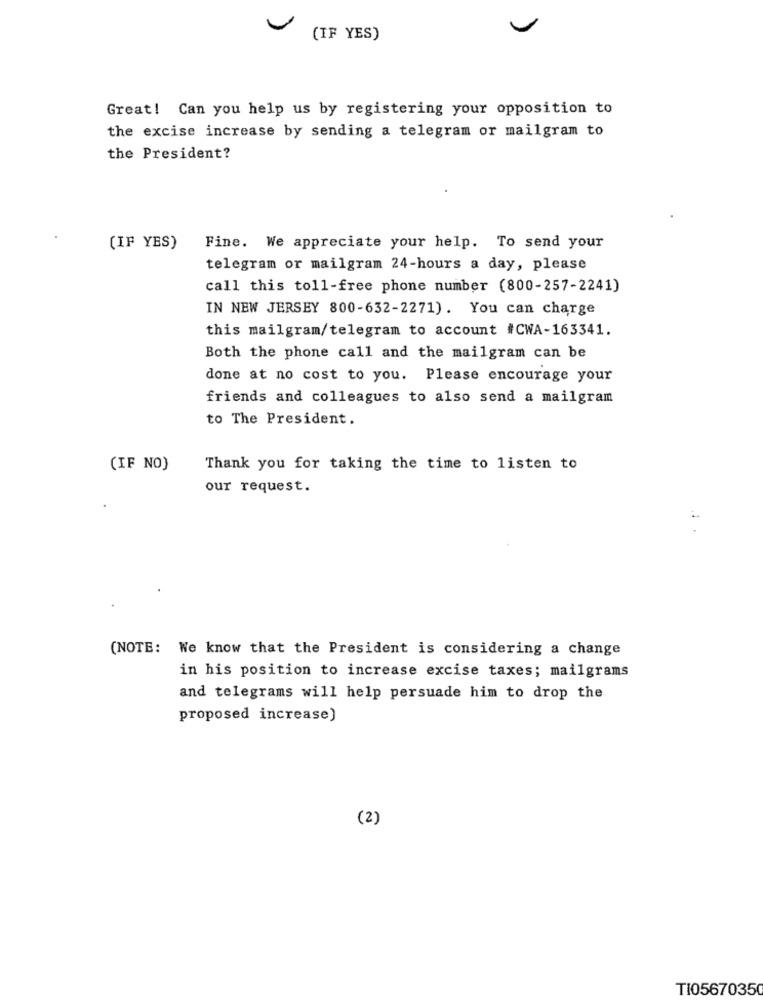
(IF YES)
Great! Can you help us by registering your opposition to
the excise increase by sending a telegram or mailgram to
the President?
(IF YES)
Fine. We appreciate your help. To send your
telegram or mailgram 24-hours a day, please
call this toll-free phone number (800-257-2241)
IN NEW JERSEY 800-632-2271). You can charge
this mailgram/telegram to account #CWA-163341.
Both the phone call and the mailgram can be
done at no cost to you. Please encourage your
friends and colleagues to also send a mailgram
to The President.
(IF NO)
Thank you for taking the time to listen to
our request.
(NOTE: We know that the President is considering a change
in his position to increase excise taxes; mailgrams
and telegrams will help persuade him to drop the
proposed increase)
(2)
TI05670350